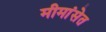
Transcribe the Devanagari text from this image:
मीमांसेत